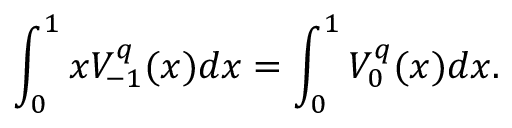
\int _ { 0 } ^ { 1 } x V _ { - 1 } ^ { q } ( x ) d x = \int _ { 0 } ^ { 1 } V _ { 0 } ^ { q } ( x ) d x .